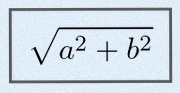
\sqrt{a^2+b^2}